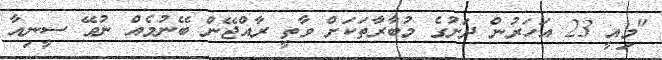
"މިއީ 23 އަހަރުން ދަށުގެ މުބާރާތަކަށް ވާތީ ރާއްޖޭން ބޭނުމެއް ނުވޭ ސީނިއާ